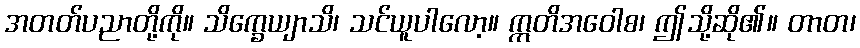
အတတ်ပညာတို့ကို။ သိက္ခေယျာသိ၊ သင်ယူပါလော့။ ဣတိအဝေါစ၊ ဤသို့ဆို၏။ တာတ၊